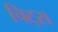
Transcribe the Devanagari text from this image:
चिट्स